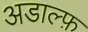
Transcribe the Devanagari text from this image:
अडाल्फ़